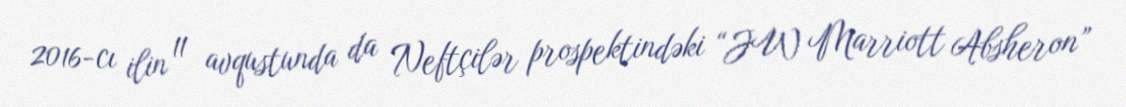
2016-cı ilin 11 avqustunda da Neftçilər prospektindəki “JW Marriott Absheron”